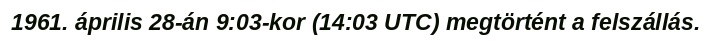
1961. április 28-án 9:03-kor (14:03 UTC) megtörtént a felszállás.